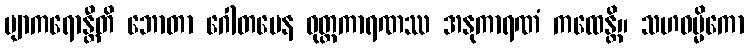
ဗျာကရောန္တီတိ ဘောတာ ဂေါတမေန ဝုတ္တကာရဏဿ အနုကာရဏံ ကထေန္တိ။ သဟဓမ္မိကော